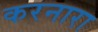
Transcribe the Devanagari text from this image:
करनारा